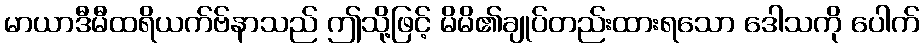
မာယာဒီမီထရိယက်ဗ်နာသည် ဤသို့ဖြင့် မိမိ၏ချုပ်တည်းထားရသော ဒေါသကို ပေါက်